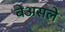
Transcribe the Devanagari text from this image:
बेअसले